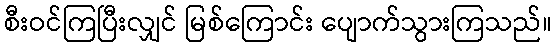
စီးဝင်ကြပြီးလျှင် မြစ်ကြောင်း ပျောက်သွားကြသည်။